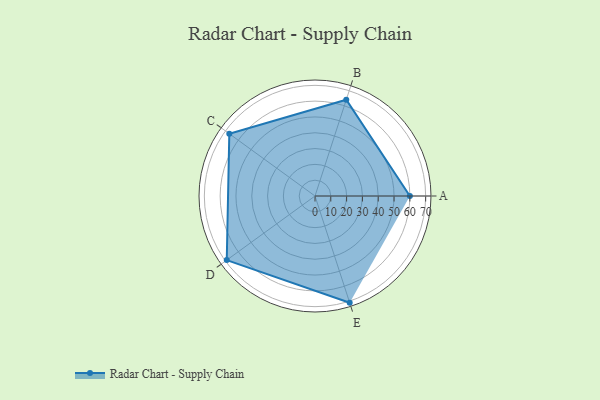
{"axis": {"x": "Skill", "y": "Score"}, "legend": ["Profile"], "data": [{"x": "A", "y": 60.0, "type": "Profile"}, {"x": "B", "y": 64.0, "type": "Profile"}, {"x": "C", "y": 67.0, "type": "Profile"}, {"x": "D", "y": 69.0, "type": "Profile"}, {"x": "E", "y": 71.0, "type": "Profile"}]}